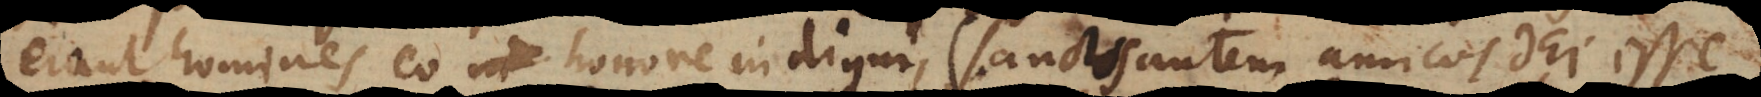
erant homines eo honore indigni (Sanctos autem amicos Dei e